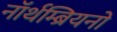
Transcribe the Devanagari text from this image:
नॉर्थम्ब्रियनों